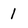
Character: 1